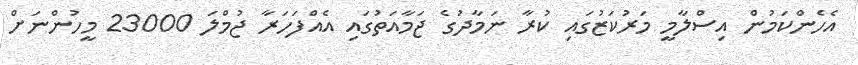
އެހެންކަމުން އިސްލާމީ މަރުކަޒުގައި ކުރާ ނަމާދުގެ ޖަމާއަތުގައި އެއްފަހަރާ ޖުމްލަ 23000 މީހުންނަށް